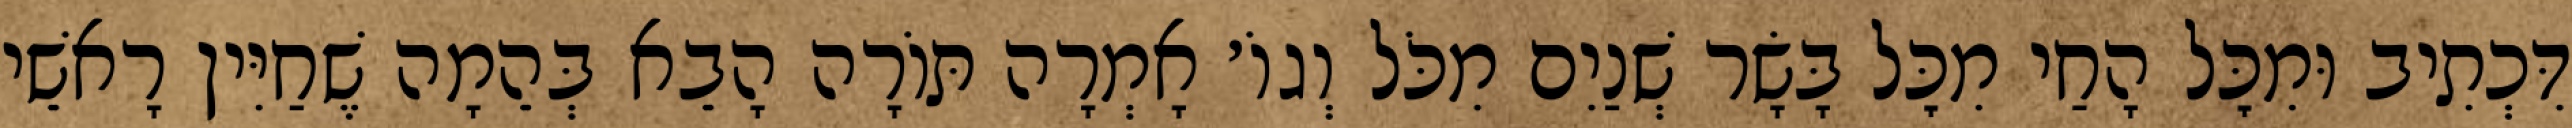
דִּכְתִיב וּמִכׇּל הָחַי מִכׇּל בָּשָׂר שְׁנַיִם מִכֹּל וְגוֹ׳ אָמְרָה תּוֹרָה הָבֵא בְּהֵמָה שֶׁחַיִּין רָאשֵׁי